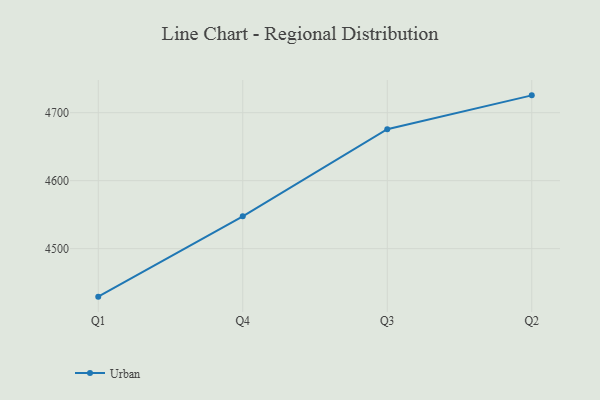
{"axis": {"x": "Quarter", "y": "LTV (USD)"}, "legend": ["Urban"], "data": [{"x": "Q1", "y": 4429.4, "type": "Urban"}, {"x": "Q4", "y": 4547.6, "type": "Urban"}, {"x": "Q3", "y": 4675.7, "type": "Urban"}, {"x": "Q2", "y": 4725.5, "type": "Urban"}]}